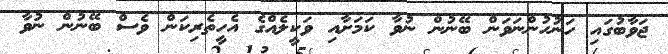
ޖަވާބުގައި ހަނުހުންނަވަން ބޭނުން ނުވާ ކަމަށާއި ވަކީލެއްގެ އެހީތެރިކަން ވެސް ބޭނުން ނުވާ